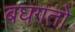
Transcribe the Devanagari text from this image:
बघगतो